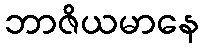
ဘာဇိယမာနေ